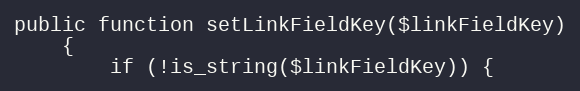
Language: PHP
public function setLinkFieldKey($linkFieldKey)
    {
        if (!is_string($linkFieldKey)) {